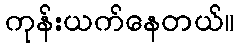
ကုန်းယက်နေတယ်။